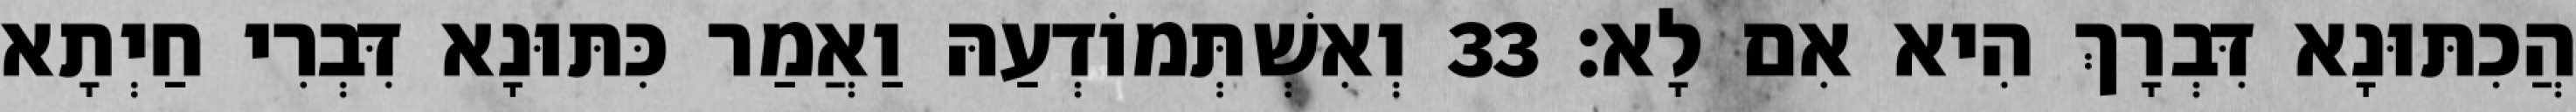
הֲכִתּוּנָא דִּבְרָךְ הִיא אִם לָא׃ 33 וְאִשְׁתְּמוֹדְעַהּ וַאֲמַר כִּתּוּנָא דִּבְרִי חַיְתָא